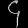
Digit: ၄